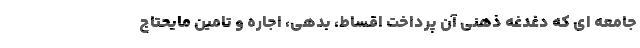
جامعه ای که دغدغه ذهنی آن پرداخت اقساط، بدهی، اجاره و تامین مایحتاج